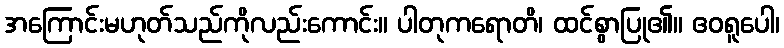
အကြောင်းမဟုတ်သည်ကိုလည်းကောင်း။ ပါတုကရောတိ၊ ထင်စွာပြု၏။ ဧဝရူပေါ၊